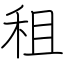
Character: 租